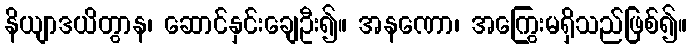
နိယျာဒယိတွာန၊ ဆောင်နှင်းချေဦး၍။ အနဏော၊ အကြွေးမရှိသည်ဖြစ်၍။